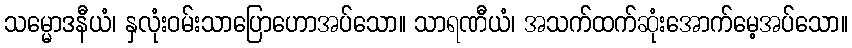
သမ္မောဒနီယံ၊ နှလုံးဝမ်းသာပြောဟောအပ်သော။ သာရဏီယံ၊ အသက်ထက်ဆုံးအောက်မေ့အပ်သော။